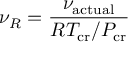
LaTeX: \nu _ { R } = { \frac { \nu _ { \mathrm { a c t u a l } } } { R T _ { \mathrm { c r } } / P _ { \mathrm { c r } } } }